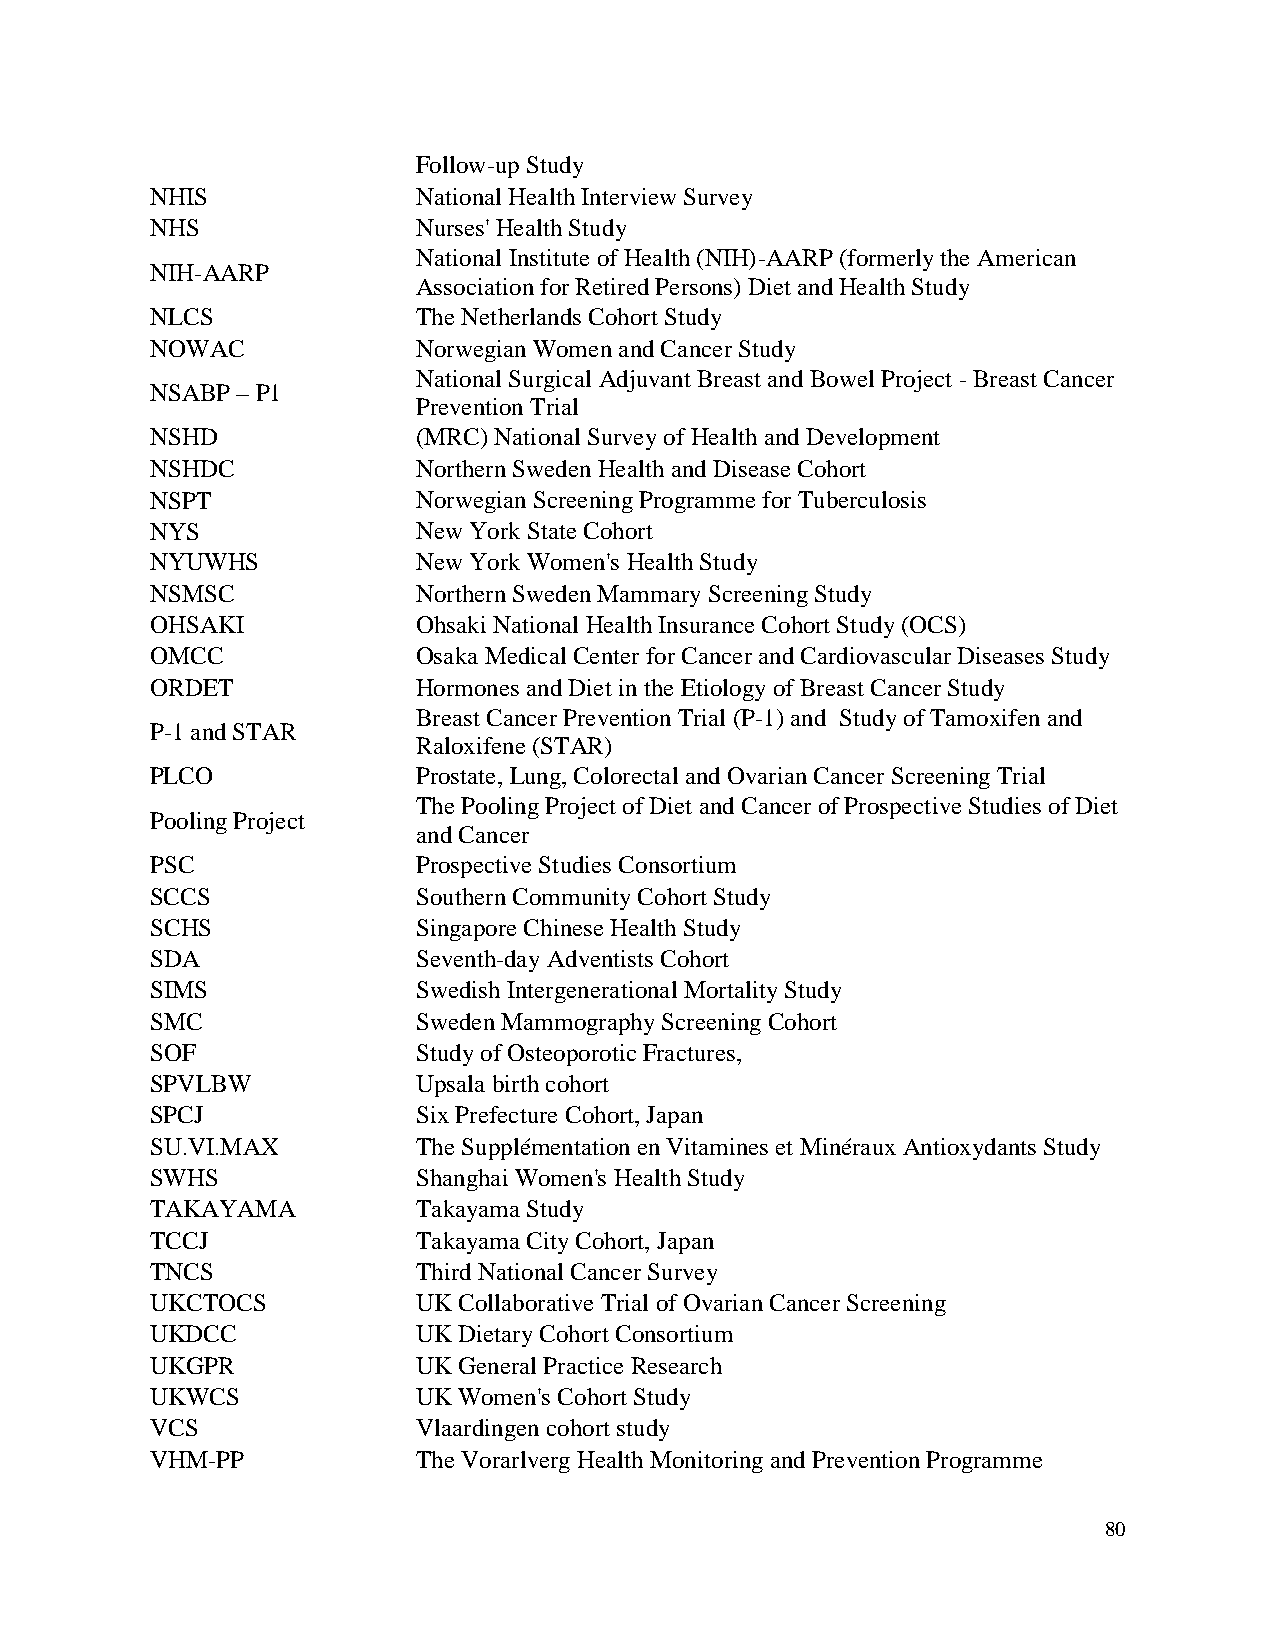
Follow-up Study
 NHIS              National Health Interview Survey
 NHS               Nurses' Health Study
 National Institute of Health (NIH)-AARP (formerly the American
 NIH-AARP
 Association for Retired Persons) Diet and Health Study
 NLCS              The Netherlands Cohort Study
 NOWAC             Norwegian Women and Cancer Study
 National Surgical Adjuvant Breast and Bowel Project - Breast Cancer
 NSABP – P1
 Prevention Trial
 NSHD              (MRC) National Survey of Health and Development
 NSHDC             Northern Sweden Health and Disease Cohort
 NSPT              Norwegian Screening Programme for Tuberculosis
 NYS               New York State Cohort
 NYUWHS            New York Women's Health Study
 NSMSC             Northern Sweden Mammary Screening Study
 OHSAKI            Ohsaki National Health Insurance Cohort Study (OCS)
 OMCC              Osaka Medical Center for Cancer and Cardiovascular Diseases Study
 ORDET             Hormones and Diet in the Etiology of Breast Cancer Study
 Breast Cancer Prevention Trial (P-1) and Study of Tamoxifen and
 P-1 and STAR
 Raloxifene (STAR)
 PLCO              Prostate, Lung, Colorectal and Ovarian Cancer Screening Trial
 The Pooling Project of Diet and Cancer of Prospective Studies of Diet
 Pooling Project
 and Cancer
 PSC               Prospective Studies Consortium
 SCCS              Southern Community Cohort Study
 SCHS              Singapore Chinese Health Study
 SDA               Seventh-day Adventists Cohort
 SIMS              Swedish Intergenerational Mortality Study
 SMC               Sweden Mammography Screening Cohort
 SOF               Study of Osteoporotic Fractures,
 SPVLBW            Upsala birth cohort
 SPCJ              Six Prefecture Cohort, Japan
 SU.VI.MAX         The Supplémentation en Vitamines et Minéraux Antioxydants Study
 SWHS              Shanghai Women's Health Study
 TAKAYAMA          Takayama Study
 TCCJ              Takayama City Cohort, Japan
 TNCS              Third National Cancer Survey
 UKCTOCS           UK Collaborative Trial of Ovarian Cancer Screening
 UKDCC             UK Dietary Cohort Consortium
 UKGPR             UK General Practice Research
 UKWCS             UK Women's Cohort Study
 VCS               Vlaardingen cohort study
 VHM-PP            The Vorarlverg Health Monitoring and Prevention Programme
 80